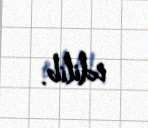
edilib.